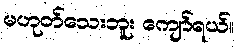
မဟုတ်သေးဘူး ကျော်ရယ်။